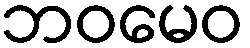
ဘဝမေဝ